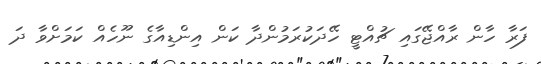
ފަރާ ހާން ރާއްޖޭގައި ޗުއްޓީ ހޭދަކުރަމުންދާ ކަން އިންޑިއާގެ ނޫހެއް ކަމަށްވާ ދަ